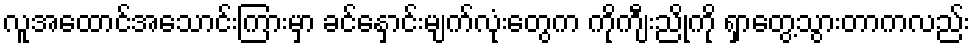
လူအထောင်အသောင်းကြားမှာ ခင်နှောင်းမျက်လုံးတွေက ကိုကျီးညိုကို ရှာတွေ့သွားတာကလည်း